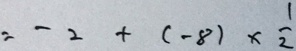
= - 2 + ( - 8 ) \times \frac { 1 } { 2 }